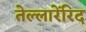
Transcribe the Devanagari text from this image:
तेल्लारेंरिद